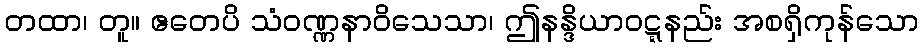
တထာ၊ တူ။ ဧတေပိ သံဝဏ္ဏနာဝိသေသာ၊ ဤနန္ဒိယာဝဋ္ဋနည်း အစရှိကုန်သော